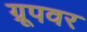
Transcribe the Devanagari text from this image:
ग्रूपवर